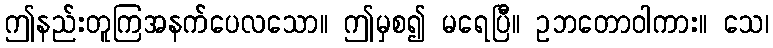
ဤနည်းတူကြအနက်ပေလသော။ ဤမှစ၍ မရေပြီ။ ဥဘတောဝါကား။ သေ၊